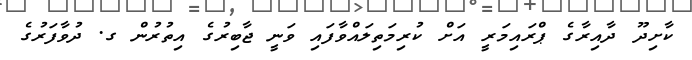
ކާށިދޫ ދާއިރާގެ ޕްރައިމަރީ އަށް ކުރިމަތިލައްވާފައި ވަނީ ޖާބިރުގެ އިތުރުން ގ. ދުވާފަރުގެ